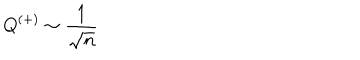
Q ^ { ( + ) } \sim \frac { 1 } { \sqrt { n } }